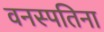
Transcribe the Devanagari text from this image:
वनस्पतिना